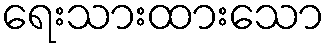
ရေးသားထားသော